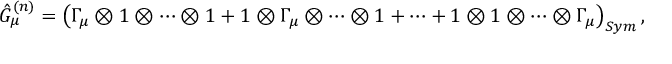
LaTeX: \hat { G } _ { \mu } ^ { ( n ) } = \left( \Gamma _ { \mu } \otimes 1 \otimes \cdots \otimes 1 + 1 \otimes \Gamma _ { \mu } \otimes \cdots \otimes 1 + \cdots + 1 \otimes 1 \otimes \cdots \otimes \Gamma _ { \mu } \right) _ { S y m } ,